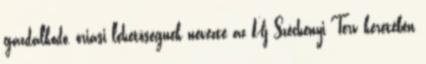
gazdálkodó, óriási lehetõségnek nevezte az Új Széchenyi Terv keretében